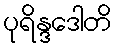
ပုရိန္ဒဒေါတိ